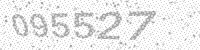
Solution: 095527